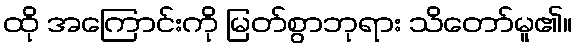
ထို အကြောင်းကို မြတ်စွာဘုရား သိတော်မူ၏။